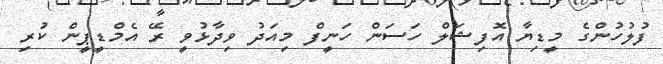
ފުލުހުންގެ މީޑިޔާ އޮފިޝަލް ހަސަން ހަނީފް މިއަދު ވިދާޅުވީ ރޭ އެމްޑީޕީން ކުރި